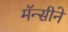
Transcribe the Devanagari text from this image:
मॅन्सीने